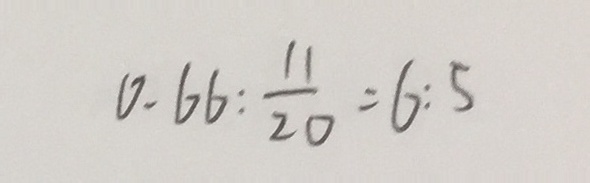
0 . 6 6 : \frac { 1 1 } { 2 0 } = 6 : 5